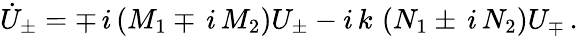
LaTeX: \dot{U}_{\pm}=\mp\, i\left(M_{1}\mp\, i\, M_{2}\right)U_{\pm}-i\, k\, \left(N_{1}\pm\, i\, N_{2}\right)U_{\mp}\, .